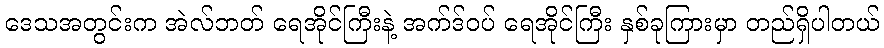
ဒေသအတွင်းက အဲလ်ဘတ် ရေအိုင်ကြီးနဲ့ အက်ဒ်ဝပ် ရေအိုင်ကြီး နှစ်ခုကြားမှာ တည်ရှိပါတယ်